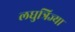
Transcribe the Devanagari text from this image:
लघुत्रिज्या